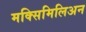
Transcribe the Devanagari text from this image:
मक्सिमिलिअन